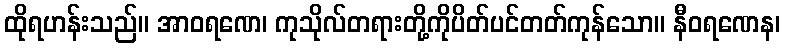
ထိုရဟန်းသည်။ အာဝရဏေ၊ ကုသိုလ်တရားတို့ကိုပိတ်ပင်တတ်ကုန်သော။ နီဝရဏေန၊